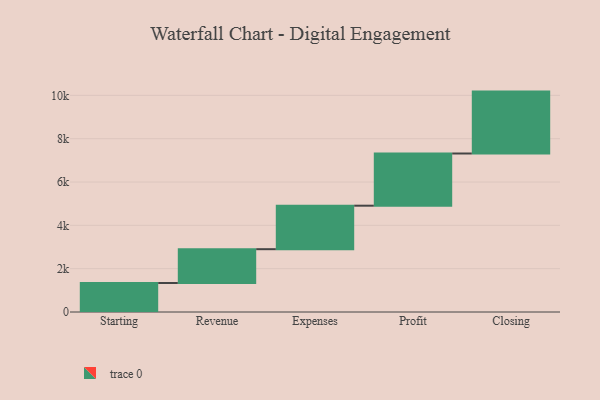
{"axis": {"x": "Step", "y": "Value"}, "legend": [""], "data": [{"x": "Starting", "y": 1338.0, "type": ""}, {"x": "Revenue", "y": 1561.0, "type": ""}, {"x": "Expenses", "y": 2008.0, "type": ""}, {"x": "Profit", "y": 2409.0, "type": ""}, {"x": "Closing", "y": 2857.0, "type": ""}]}